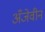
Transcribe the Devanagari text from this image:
अँजेवीन